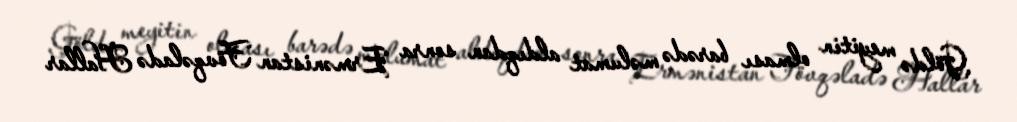
Göldə meyitin olması barədə məlumat aldıqdan sonra Ermənistan Fövqəladə Hallar